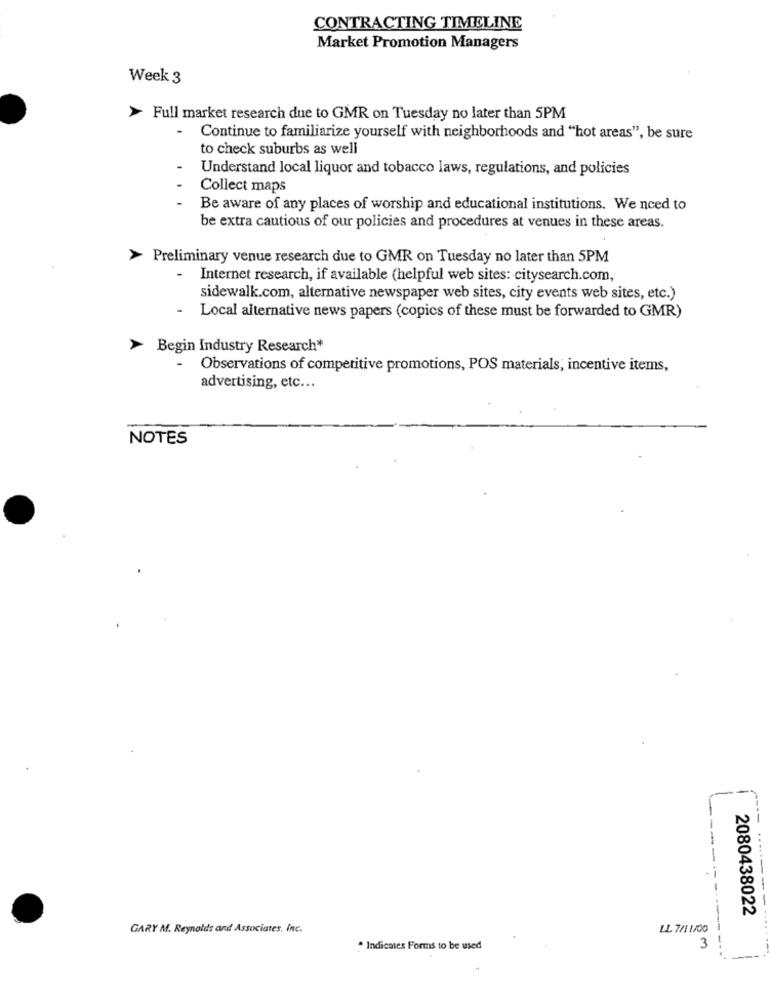
CONTRACTING TIMELINE
Market Promotion Managers
Week 3
> Full market research due to GMR on Tuesday no later than 5PM
-
Continue to familiarize yourself with neighborhoods and "hot areas", be sure
to check suburbs as well
Understand local liquor and tobacco laws, regulations, and policies
Collect maps
Be aware of any places of worship and educational institutions. We nced to
be extra cautious of our policies and procedures at venues in these areas.
> Preliminary venue research due to GMR on Tuesday no later than 5PM
- Internet research, if available (helpful web sites: citysearch.com,
sidewalk.com, alternative newspaper web sites, city events web sites, etc.)
Local alternative news papers (copics of these must be forwarded to GMR)
> Begin Industry Research*
Observations of competitive promotions, POS materials, incentive items,
advertising, etc ...
NOTES
2080438022
GARY M. Reynolds and Associates, inc.
LL 7/1 1/00
* Indicates Forms to be used
3